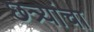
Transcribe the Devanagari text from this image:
छत्र्यांचा